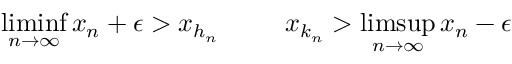
\operatorname* { l i m i n f } _ { n \to \infty } x _ { n } + \epsilon > x _ { h _ { n } } \; \; \; \; \; \; \; \; \; x _ { k _ { n } } > \operatorname* { l i m s u p } _ { n \to \infty } x _ { n } - \epsilon